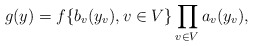
\begin{align*}g(y)=f\{b_{v}(y_{v}),v\in V\}\prod_{v\in V}a_{v}(y_{v}),\end{align*}